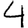
Digit: 4